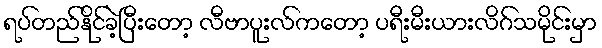
ရပ်တည်နိုင်ခဲ့ပြီးတော့ လီဗာပူးလ်ကတော့ ပရီးမီးယားလိဂ်သမိုင်းမှာ